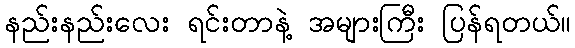
နည်းနည်းလေး ရင်းတာနဲ့ အများကြီး ပြန်ရတယ်။